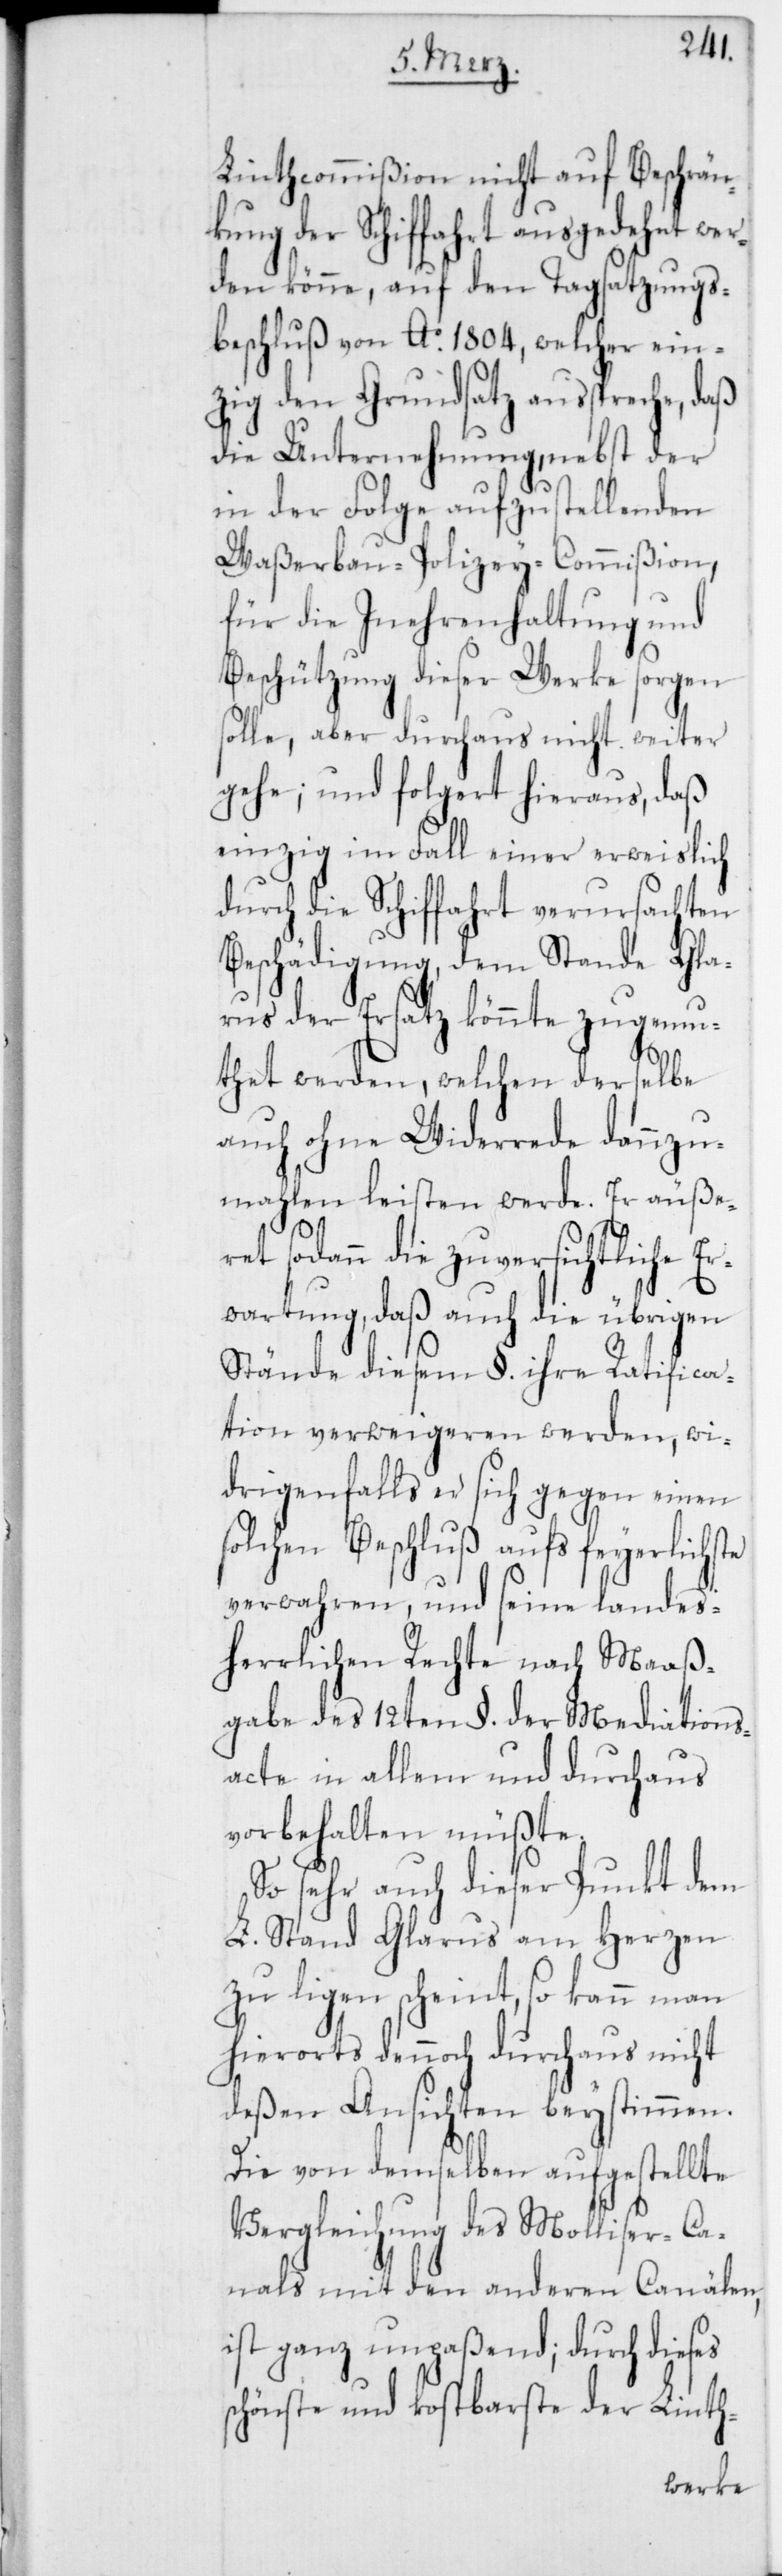
Linthcommißion nicht auf Beschrän¬
kung der Schiffahrt ausgedehnt wer¬
den könne, auf den Tagsatzungs¬
beschluß von Ao. 1804, welcher ein¬
zig den Grundsatz ausspreche, daß
die Unternehmung, nebst der
in der Folge aufzustellenden
Waßerbau-Polizey-Commißion,
für die Inehrenhaltung und
Beschützung dieser Werke sorgen
solle, aber durchaus nicht weiter
gehe; und folgert hieraus, daß
einzig im Fall einer erweislich
durch die Schiffahrt verursachten
Beschädigung, dem Stande Gla¬
rus der Ersatz könnte zugemu¬
thet werden, welchen derselbe
auch ohne Widerrede dannzu¬
mahlen leisten werde. Er äuße¬
ret sodann die zuversichtliche Er¬
wartung, daß auch die übrigen
Stände diesem §. ihre Ratifica¬
tion verweigeren werden, wi¬
drigenfalls er sich gegen einen
solchen Beschluß aufs feyerlichste
verwahren, und seine landes¬
herrlichen Rechte nach Maaß¬
gabe des 12ten §. der Mediations¬
acte in allem und durchaus
vorbehalten müßte.
So sehr auch dieser Punkt dem
L. Stand Glarus am Herzen
zu ligen scheint, so kann man
hierorts dennoch durchaus nicht
deßen Ansichten beystimmen.
Die von demselben aufgestellte
Vergleichung des Molliser-Ca¬
nals mit den anderen Canälen,
ist ganz unpaßend; durch dieses
schönste und kostbarste der Linth-